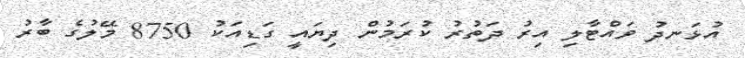
އުޅަނދު ވައްޓާލި އިރު ދަތުރު ކުރަމުން ދިޔައީ ގަޑިއަކު 8750 މޭލުގެ ބާރު